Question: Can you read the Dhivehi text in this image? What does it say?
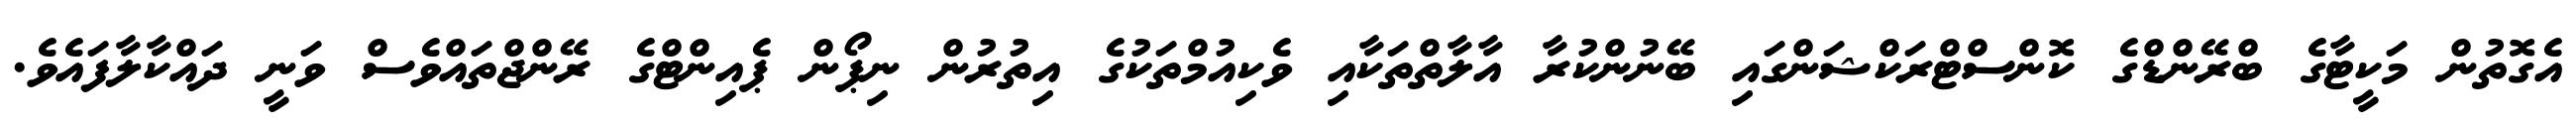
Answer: އެގޮތުން މަކީޓާގެ ބްރޭންޑްގެ ކޮންސްޓްރަކްޝަންގައި ބޭނުންކުރާ އާލާތްތަކާއި ވެކިއުމްތަކުގެ އިތުރުން ނިޕޯން ޕެއިންޓްގެ ރޭންޖްތައްވެސް ވަނީ ދައްކާލާފައެވެ.